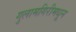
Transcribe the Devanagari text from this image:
गुलामगिरीमधून